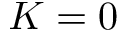
K = 0